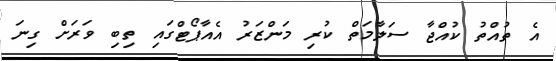
އެ ތުއްތު ކުއްޖާ ސަލާމަތް ކުރި މަންޒަރު އެއާޕޯޓްގައި ތިބި ވަރަށް ގިނަ